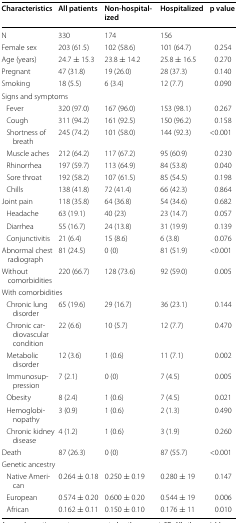
<table><thead><tr><td><b>Characteristics</b></td><td><b>All patients</b></td><td><b>Non-hospitalized</b></td><td><b>Hospitalized</b></td><td><b>p value</b></td></tr></thead><tbody><tr><td>N</td><td>330</td><td>174</td><td>156</td><td></td></tr><tr><td>Female sex</td><td>203 (61.5)</td><td>102 (58.6)</td><td>101 (64.7)</td><td>0.254</td></tr><tr><td>Age (years)</td><td>24.7 ± 15.3</td><td>23.8 ± 14.2</td><td>25.8 ± 16.5</td><td>0.270</td></tr><tr><td>Pregnant</td><td>47 (31.8)</td><td>19 (26.0)</td><td>28 (37.3)</td><td>0.140</td></tr><tr><td>Smoking</td><td>18 (5.5)</td><td>6 (3.4)</td><td>12 (7.7)</td><td>0.090</td></tr><tr><td colspan="5">Signs and symptoms</td></tr><tr><td> Fever</td><td>320 (97.0)</td><td>167 (96.0)</td><td>153 (98.1)</td><td>0.267</td></tr><tr><td> Cough</td><td>311 (94.2)</td><td>161 (92.5)</td><td>150 (96.2)</td><td>0.158</td></tr><tr><td> Shortness of breath</td><td>245 (74.2)</td><td>101 (58.0)</td><td>144 (92.3)</td><td>&lt;0.001</td></tr><tr><td> Muscle aches</td><td>212 (64.2)</td><td>117 (67.2)</td><td>95 (60.9)</td><td>0.230</td></tr><tr><td> Rhinorrhea</td><td>197 (59.7)</td><td>113 (64.9)</td><td>84 (53.8)</td><td>0.040</td></tr><tr><td> Sore throat</td><td>192 (58.2)</td><td>107 (61.5)</td><td>85 (54.5)</td><td>0.198</td></tr><tr><td> Chills</td><td>138 (41.8)</td><td>72 (41.4)</td><td>66 (42.3)</td><td>0.864</td></tr><tr><td>Joint pain</td><td>118 (35.8)</td><td>64 (36.8)</td><td>54 (34.6)</td><td>0.682</td></tr><tr><td> Headache</td><td>63 (19.1)</td><td>40 (23)</td><td>23 (14.7)</td><td>0.057</td></tr><tr><td> Diarrhea</td><td>55 (16.7)</td><td>24 (13.8)</td><td>31 (19.9)</td><td>0.139</td></tr><tr><td> Conjunctivitis</td><td>21 (6.4)</td><td>15 (8.6)</td><td>6 (3.8)</td><td>0.076</td></tr><tr><td>Abnormal chest radiograph</td><td>81 (24.5)</td><td>0 (0)</td><td>81 (51.9)</td><td>&lt;0.001</td></tr><tr><td>Without comorbidities</td><td>220 (66.7)</td><td>128 (73.6)</td><td>92 (59.0)</td><td>0.005</td></tr><tr><td colspan="5">With comorbidities</td></tr><tr><td> Chronic lung disorder</td><td>65 (19.6)</td><td>29 (16.7)</td><td>36 (23.1)</td><td>0.144</td></tr><tr><td> Chronic cardiovascular condition</td><td>22 (6.6)</td><td>10 (5.7)</td><td>12 (7.7)</td><td>0.470</td></tr><tr><td> Metabolic disorder</td><td>12 (3.6)</td><td>1 (0.6)</td><td>11 (7.1)</td><td>0.002</td></tr><tr><td> Immunosuppression</td><td>7 (2.1)</td><td>0 (0)</td><td>7 (4.5)</td><td>0.005</td></tr><tr><td> Obesity</td><td>8 (2.4)</td><td>1 (0.6)</td><td>7 (4.5)</td><td>0.021</td></tr><tr><td> Hemoglobinopathy</td><td>3 (0.9)</td><td>1 (0.6)</td><td>2 (1.3)</td><td>0.490</td></tr><tr><td> Chronic kidney disease</td><td>4 (1.2)</td><td>1 (0.6)</td><td>3 (1.9)</td><td>0.260</td></tr><tr><td>Death</td><td>87 (26.3)</td><td>0 (0)</td><td>87 (55.7)</td><td>&lt;0.001</td></tr><tr><td colspan="5">Genetic ancestry</td></tr><tr><td> Native American</td><td>0.264 ± 0.18</td><td>0.250 ± 0.19</td><td>0.280 ± 19</td><td>0.147</td></tr><tr><td> European</td><td>0.574 ± 0.20</td><td>0.600 ± 0.20</td><td>0.544 ± 19</td><td>0.006</td></tr><tr><td> African</td><td>0.162 ± 0.11</td><td>0.150 ± 0.10</td><td>0.176 ± 11</td><td>0.010</td></tr></tbody></table>